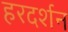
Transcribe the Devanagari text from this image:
हरदर्शन